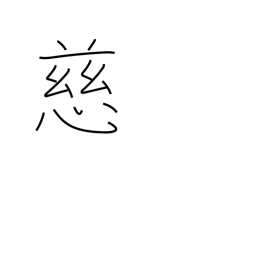
Meaning: mercy